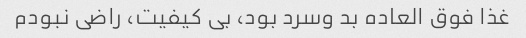
غذا فوق العاده بد وسرد بود، بی کیفیت، راضی نبودم